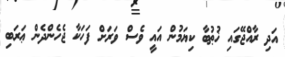
އަދި ރާއްޖޭގައި ޚުޠުބާ ކިޔަމުން އައީ ވެސް ވަރަށް ފަހަކާ ޖެހެންދެން ޢަރަބި